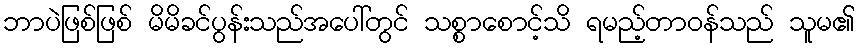
ဘာပဲဖြစ်ဖြစ် မိမိခင်ပွန်းသည်အပေါ်တွင် သစ္စာစောင့်သိ ရမည့်တာဝန်သည် သူမ၏